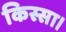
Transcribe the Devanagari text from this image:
किस्सा।